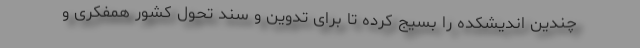
چندین اندیشکده را بسیج کرده تا برای تدوین و سند تحول کشور همفکری و